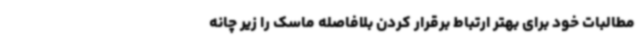
مطالبات خود برای بهتر ارتباط برقرار کردن بلافاصله ماسک را زیر چانه